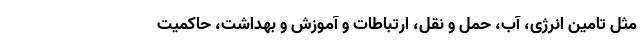
مثل تامین انرژی، آب، حمل و نقل، ارتباطات و آموزش و بهداشت، حاکمیت